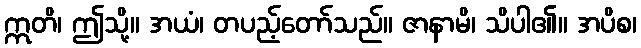
ဣတိ၊ ဤသို့။ အယံ၊ တပည့်တော်သည်။ ဇာနာမိ၊ သိပါ၏။ အပိစ၊